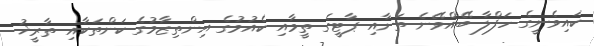
ކައިވެނީގެ ހަފްލާ ބޭއްވޭނެ ތަނާއި ޕާޓީގެ ތީމާއި ކެއުމުގެ އިންތިޒާމުގެ ކަންތަކާއި ތާރީޚު